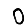
Digit: 0